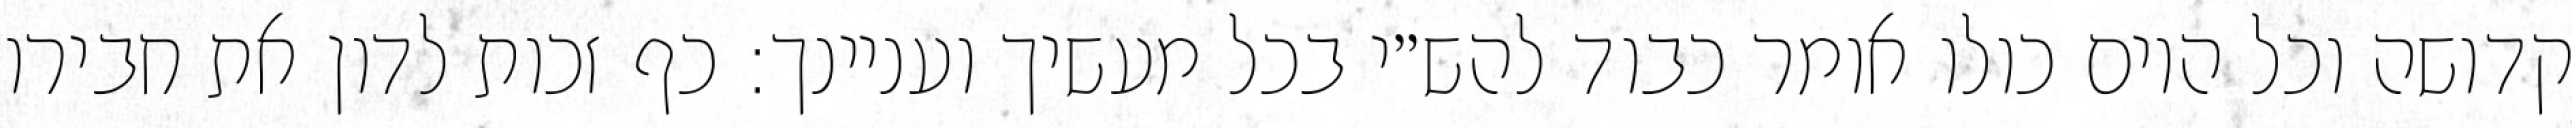
קדושה וכל היום כולו אומר כבוד להש״י בכל מעשיך ועניינך: כף זכות לדון את חבירו